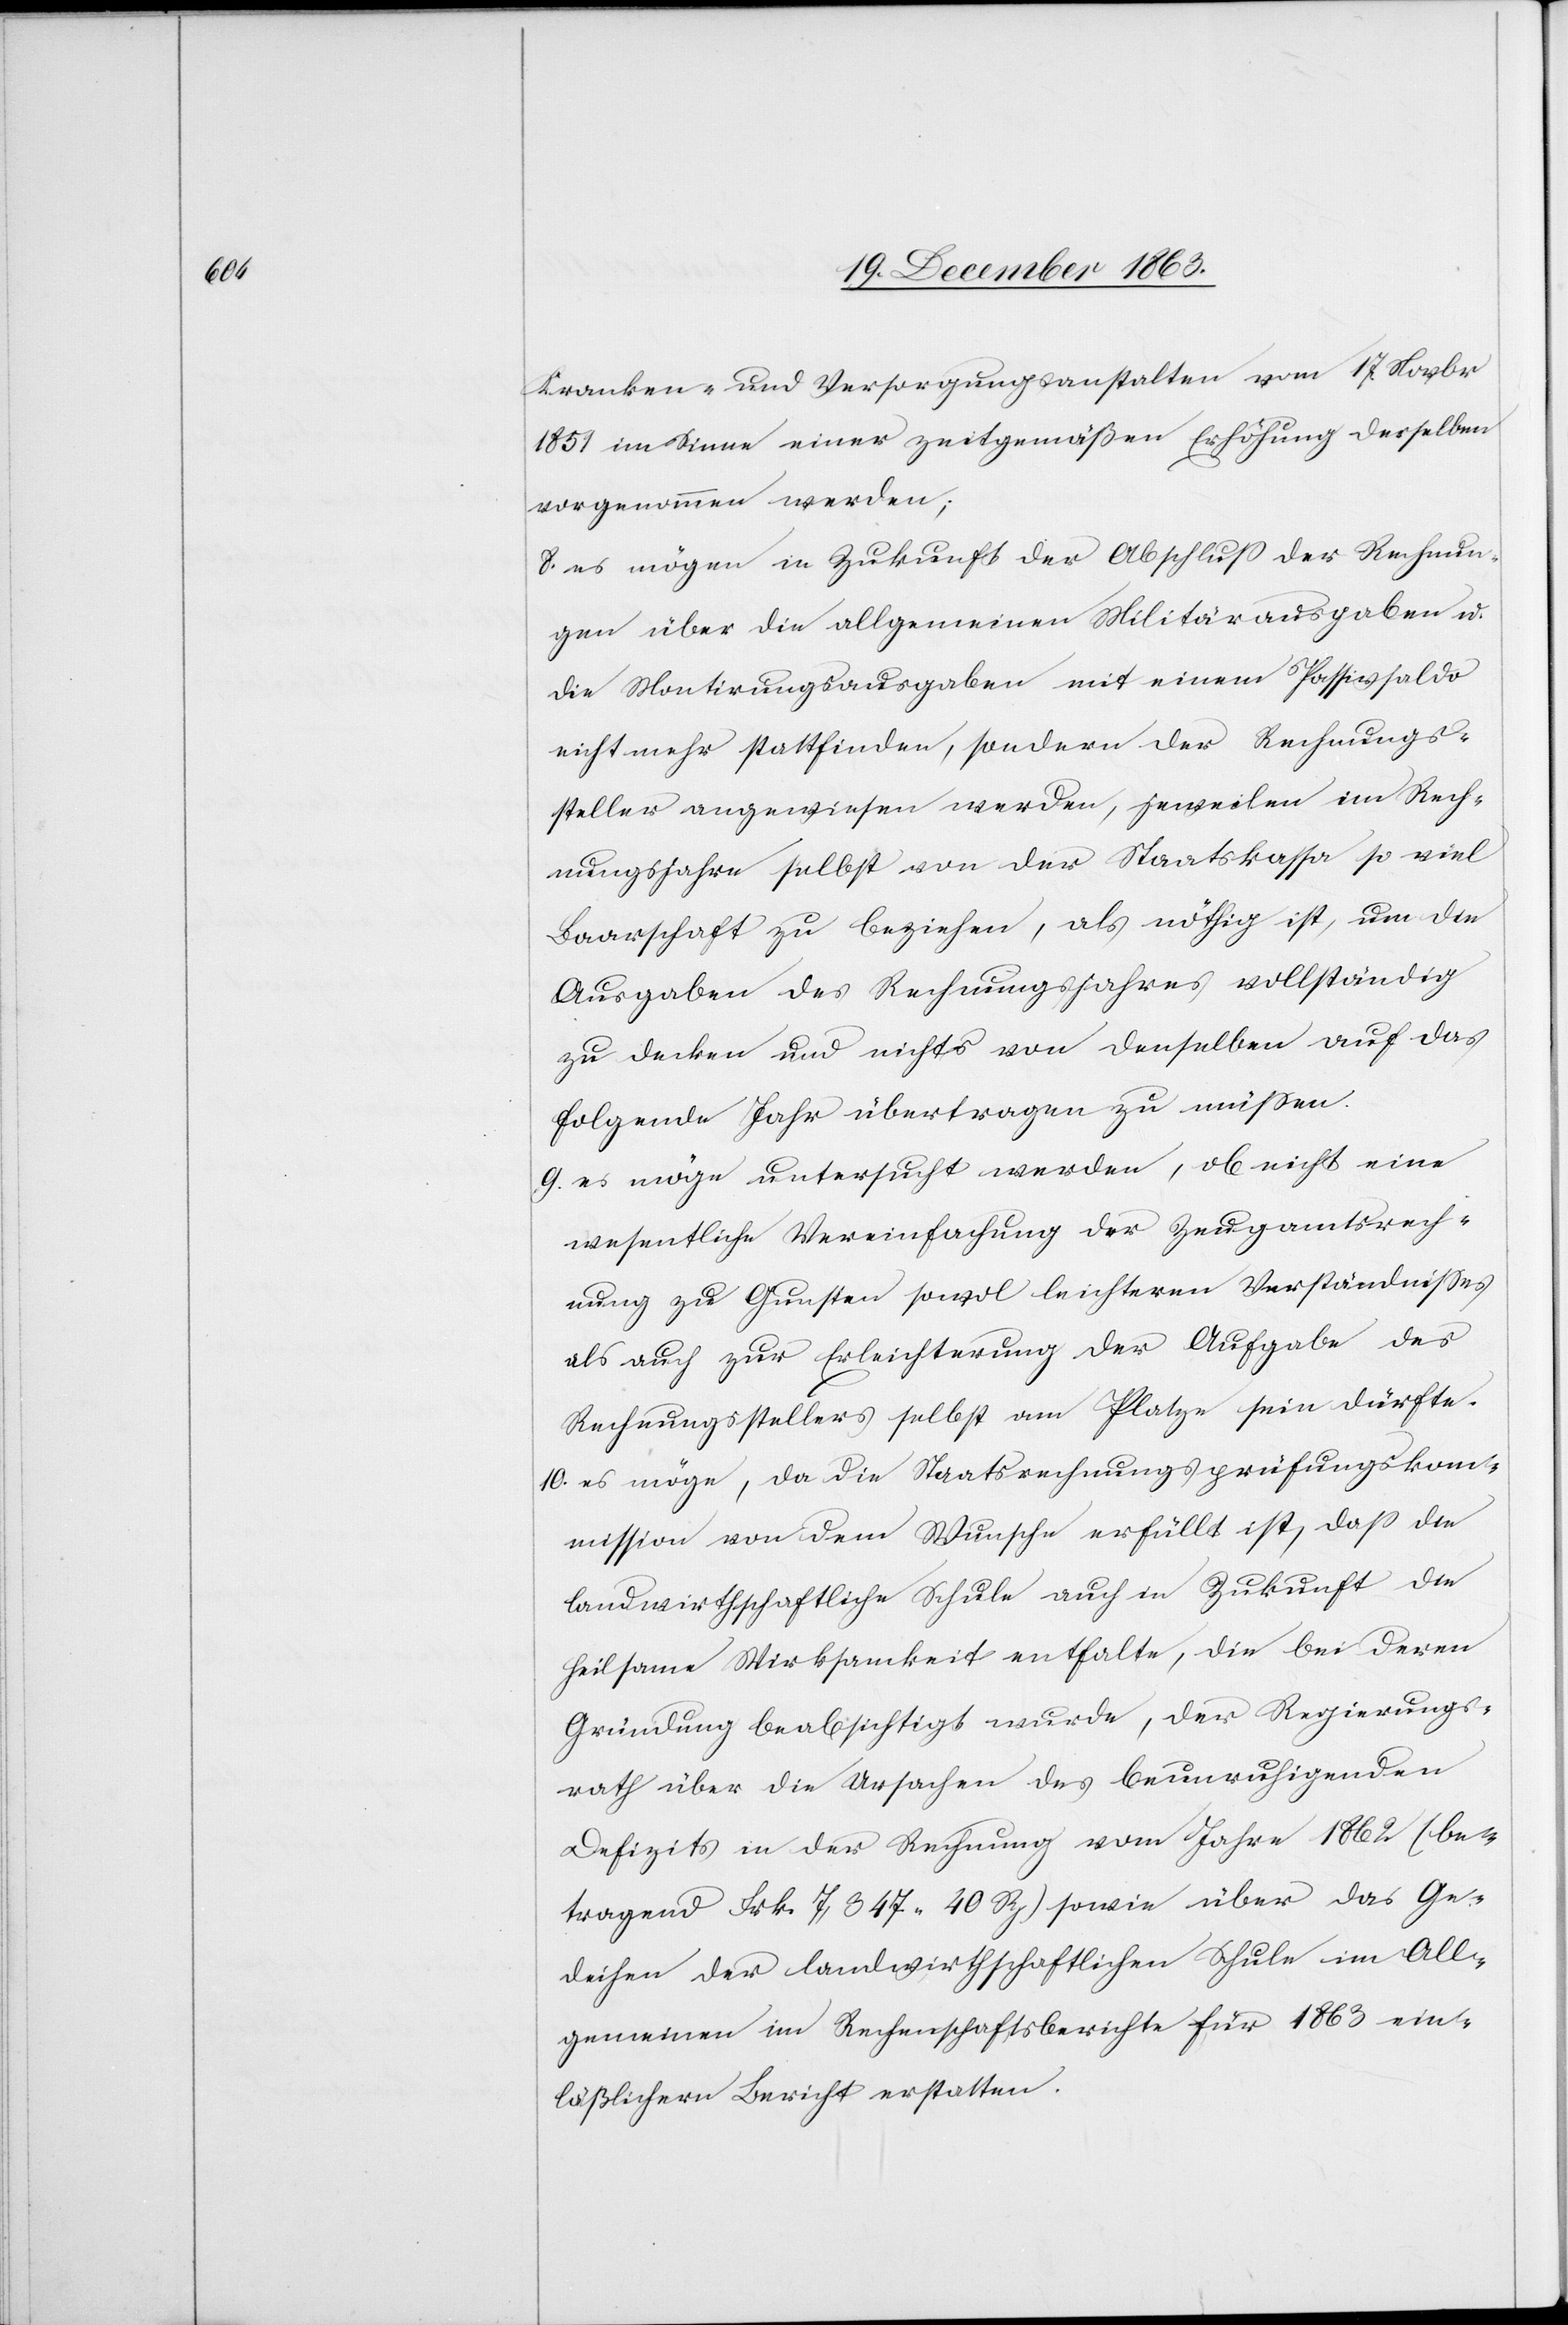
Kranken- und Versorgungsanstalten vom 17. Novbr
1851 im Sinne einer zeitgemäßen Erhöhung derselben
vorgenommen werden;
8. es mögen in Zukunft der Abschluss der Rechnun¬
gen über die allgemeinen Militärausgaben u.
die Montirungsausgaben mit einem Passivsaldo
nicht mehr stattfinden, sondern der Rechnungs¬
steller angewiesen werden, jeweilen im Rech¬
nungsjahre selbst von der Staatskassa so viel
Baarschaft zu beziehen, als nöthig ist, um die
Ausgaben des Rechnungsjahres vollständig
zu decken und nichts von denselben auf das
folgende Jahr übertragen zu müssen.
9. es möge untersucht werden, ob nicht eine
wesentliche Vereinfachung der Zeugamtsrech¬
nung zu Gunsten sowol leichteren Verständnisses
als auch zur Erleichterung der Aufgabe des
Rechnungsstellers selbst am Platze sein dürfte.
10. es möge, da die Staatsrechnungsprüfungskom¬
mission von dem Wunsche erfüllt ist, dass die
landwirthschaftliche Schule auch in Zukunft die
heilsame Wirksamkeit enthalte, die bei deren
Gründung beabsichtigt wurde, der Regierungs¬
rath über die Ursachen des beunruhigenden
Defizits in der Rechnung vom Jahre 1862 (be¬
tragend Frk. 7,347. 40 Rp.) sowie über das Ge¬
deihen der landwirthschaftlichen Schule im All¬
gemeinen im Rechenschaftsberichte für 1863 ein¬
läßlichern Bericht erstatten.